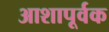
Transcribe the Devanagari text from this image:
आशापूर्वक